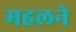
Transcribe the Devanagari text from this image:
महलने